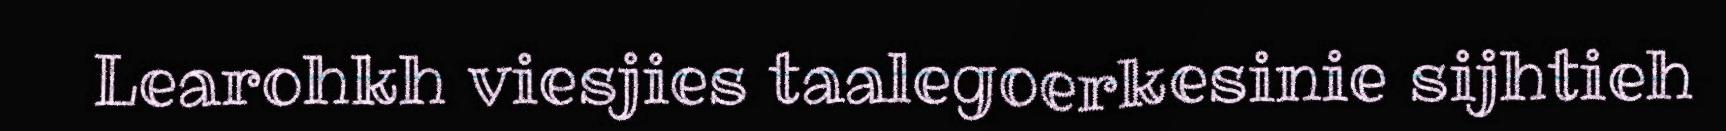
Learohkh viesjies taalegoerkesinie sijhtieh